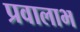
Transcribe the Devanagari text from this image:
प्रवालाभ